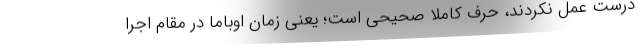
درست عمل نکردند، حرف کاملاً صحیحی است؛ یعنی زمان اوباما در مقام اجرا